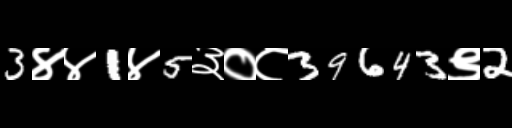
Text: 3४४1४5३०८39643९2